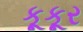
કૂકૂર